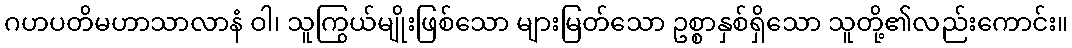
ဂဟပတိမဟာသာလာနံ ဝါ၊ သူကြွယ်မျိုးဖြစ်သော များမြတ်သော ဥစ္စာနှစ်ရှိသော သူတို့၏လည်းကောင်း။